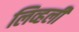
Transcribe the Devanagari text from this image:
लिव्हली